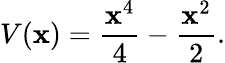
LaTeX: V(\mathbf{x})=\frac{{\mathbf{x}^{4}}}{{4}}-\frac{{\mathbf{x}^{2}}}{{2}}.